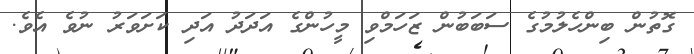
ގޮތުން ބިންހެލުމުގެ ސަބަބުން ޒަހަމްވި މީހުންގެ އަދަދު އަދި ކަށަވަރު ނުވެ އެވެ.